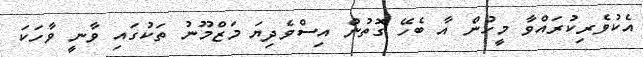
އެކުވެރިކުރައްވާ މީހުން އާ ބެހޭ ގޮތުން އިސްވެދިޔަ މަޒްމޫނު ތަކުގައި ވާނީ ވާހަކަ